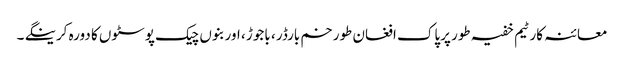
معائنہ کار ٹیم خفیہ طور پرپاک افغان طورخم بارڈر ، باجوڑ ، اور بنوں چیک پوسٹوں کا دورہ کرینگے ۔